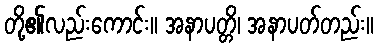
တို့၏လည်းကောင်း။ အနာပတ္တိ၊ အနာပတ်တည်း။